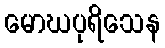
မောဃပုရိသေန